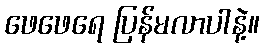
ဖေဖေရေ ပြန်မလာပါနဲ့။